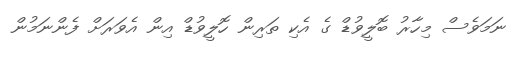
ނަމަވެސް މިހާރު ބޮލީވުޑް ގެ އެކި ތަރިން ހޮލީވުޑް އިން އެވަރަށް ފެންނަމުން